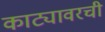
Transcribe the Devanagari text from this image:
काट्यावरची